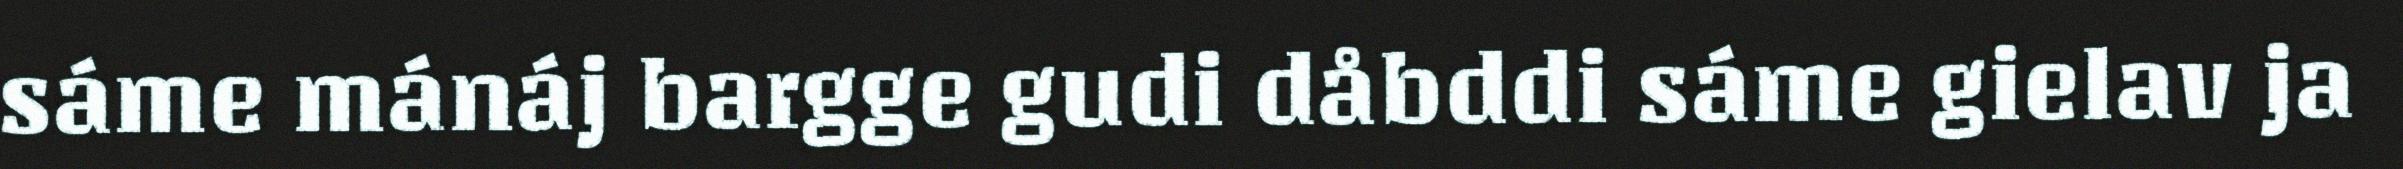
sáme mánáj bargge gudi dåbddi sáme gielav ja